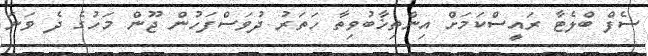
ސެފް ބްލެޓާ ރައީސްކަމަށް އިންތިޚާބުވިތާ ހަތަރު ދުވަސްފަހުން ޖޫން މަހުގެ ދެ ވަނަ